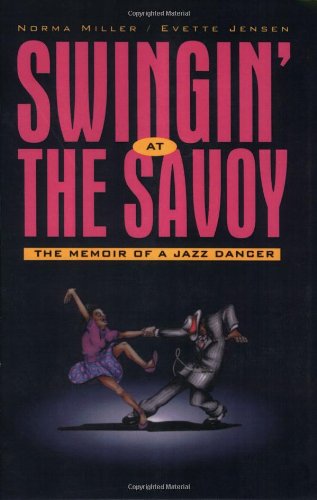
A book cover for Swingin' at the Savoy; Norma Miller; Biographies & Memoirs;